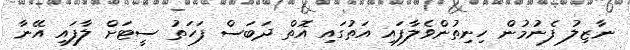
ނާޒިލު ފެނުމުން ހިނިތުންވެލާފައި އަތުގައި އޮތް ދަބަސް ފަހަތު ސީޓަށް ލާފައި އޭނާ